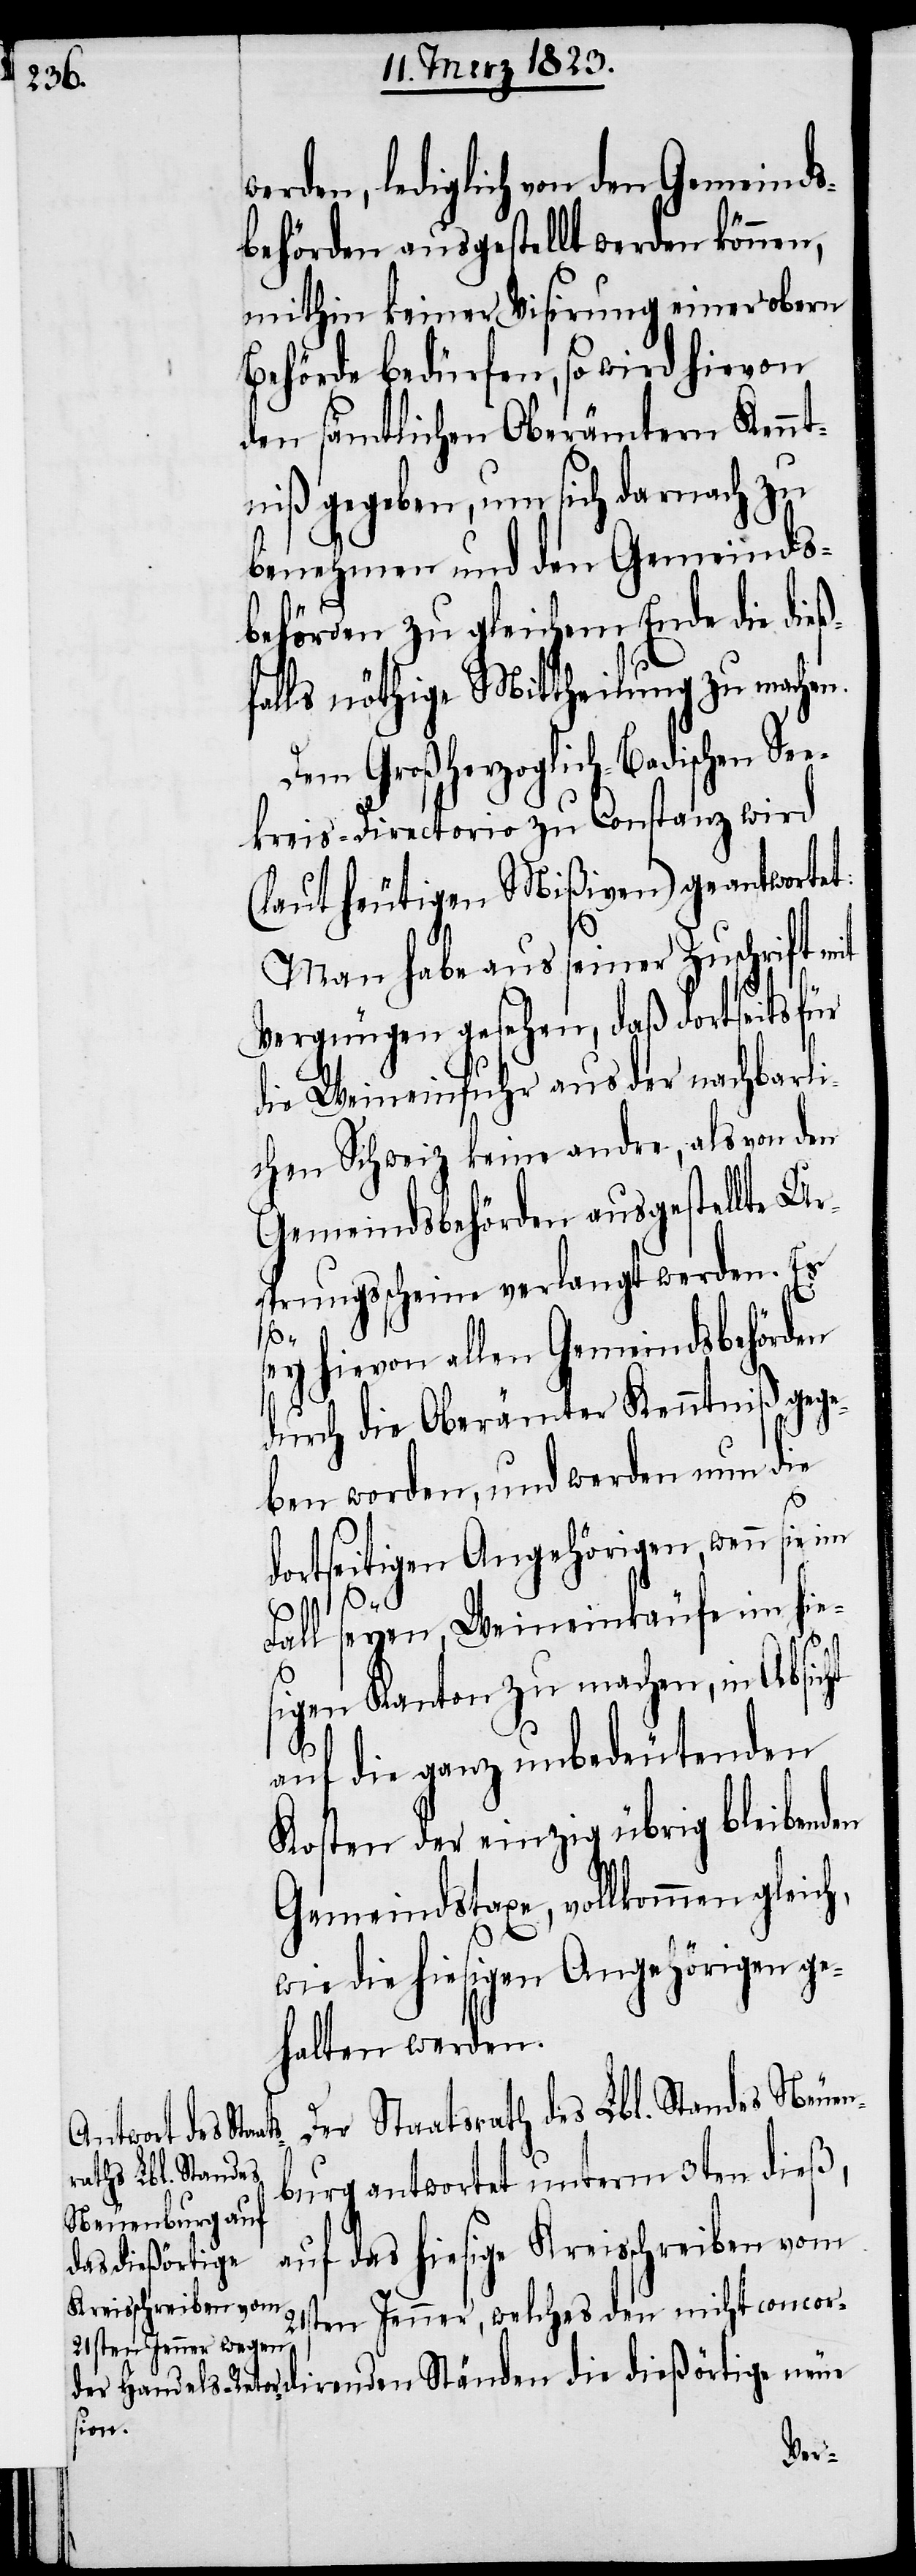
werden, lediglich von den Gemeinds¬
behörden ausgestellt werden können,
mithin keiner Visirung einer obern
Behörde bedürfen, so wird hievon
den sämtlichen Oberämtern Kennt¬
niß gegeben, um sich darnach zu
benehmen und den Gemeinds¬
behörden zu gleichem Ende die die¬
falls nöthige Mittheilung zu machen.
Dem Großherzoglich-Badischen Se¬
ekreis-Directorio zu Constanz wird
(laut heutigen Mißiven) geantwortet:
ß¬
Man habe aus seiner Zuschrift mit
Vergnügen gesehen, daß dortseits
die Weineinfuhr aus der nachbarli¬
chen Schweiz keine andre, als von den
Gemeindsbehörden ausgestellte Ur¬
sprungsscheine verlangt werden. Es
sey hievon allen Gemeindsbehörden
durch die Oberämter Kenntniß gege¬
ben worden, und werden nun die
ht
dortseitigen Angehörigen, wenn sie
Fall seyen, Weineinkäufe im hie¬
sigen Kanton zu machen, in Absic¬
auf die ganz unbedeutenden
Kosten der einzig übrig bleibenden
Gemeindstaxe, vollkommen gleich,
wie die hiesigen Angehörigen ge¬
halten werden.
Der Staatsrath des Lbl. Standes Neuen¬
burg antwortet unterm 3ten dieß,
auf das hiesige Kreisschreiben vom
die dießörtige
21sten Jenner, welches den nicht concor¬
direnden